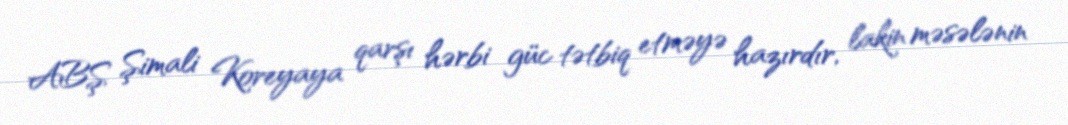
ABŞ Şimali Koreyaya qarşı hərbi güc tətbiq etməyə hazırdır, lakin məsələnin